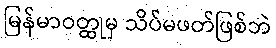
မြန်မာဝတ္ထုမှ သိပ်မဖတ်ဖြစ်ဘဲ